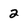
Character: 2